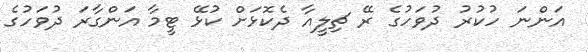
އަންނަ ހުކުރު ދުވަހުގެ ރޭ ޗިލީއާ ދެކޮޅަށް ކުޅޭ ޓީމާ އަންގާރަ ދުވަހުގެ